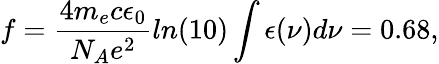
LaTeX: f=\frac{4m_{e}c\epsilon_{0}}{N_{A}e^{2}}ln(10)\int\epsilon(\nu)d\nu=0.68,